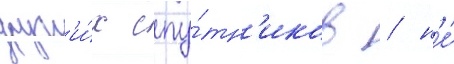
друг'и́х спу́тн'иков / н'е́